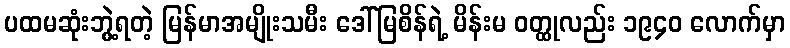
ပထမဆုံးဘွဲ့ရတဲ့ မြန်မာအမျိုးသမီး ဒေါ်မြစိန်ရဲ့ မိန်းမ ဝတ္ထုလည်း ၁၉၄၀ လောက်မှာ